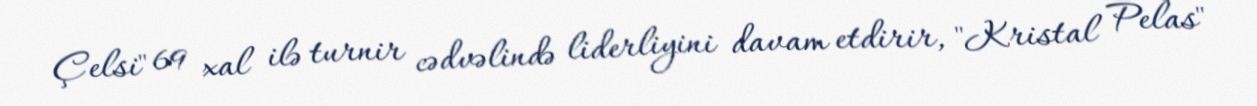
Çelsi" 69 xal ilə turnir cədvəlində liderliyini davam etdirir, "Kristal Pelas"